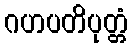
ဂဟပတိပုတ္တံ